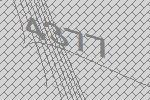
4377